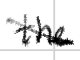
Text: the
Cross-out: diagonal
Writing tool: digital_black